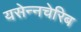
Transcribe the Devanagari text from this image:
यसेन्नचेरिब